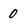
Character: 0